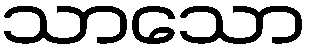
သာသော